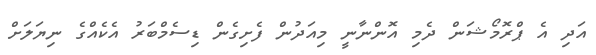
އަދި އެ ޕްރޮމޯޝަން ދެމި އޮންނާނީ މިއަދުން ފެށިގެން ޑިސެމްބަރު އެކެއްގެ ނިޔަލަށް